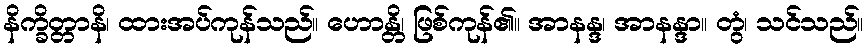
နိက္ခိတ္တာနိ၊ ထားအပ်ကုန်သည်။ ဟောန္တိ၊ ဖြစ်ကုန်၏။ အာနန္ဒ၊ အာနန္ဒာ။ တွံ၊ သင်သည်။